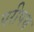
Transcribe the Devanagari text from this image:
परीपथ